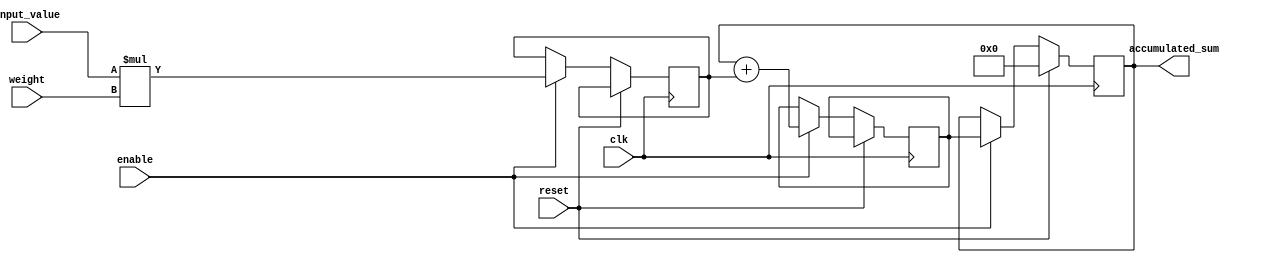
module WeightedMovingAverageAccumulator (
    input wire clk, 
    input wire reset,
    input wire enable,
    
    input wire signed [7:0] input_value,
    input wire signed [7:0] weight,
    
    output reg signed [15:0] accumulated_sum
);

reg signed [15:0] weighted_value;
reg signed [15:0] total_weight;
reg signed [15:0] temp_sum;

always @(posedge clk) begin
    if (reset) begin
        accumulated_sum <= 16'b0;
        total_weight <= 16'b0;
    end
    else if (enable) begin
        weighted_value <= input_value * weight;
        temp_sum <= accumulated_sum + weighted_value;
        accumulated_sum <= temp_sum;
        total_weight <= total_weight + weight;
    end
end

endmodule